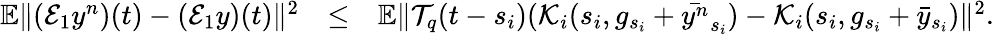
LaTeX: \begin{array}{rlr}{\mathbb{E}\| ({\cal E}_{1}y^{n})(t)-({\cal E}_{1}y)(t)\| ^{2}}&{\leq}&{\mathbb{E}\| {\cal T}_{q}(t-s_{i})({\cal K}_{i}(s_{i},g_{s_{i}}+\bar{y^{n}}_{s_{i}})-{\cal K}_{i}(s_{i},g_{s_{i}}+\bar{y}_{s_{i}})\| ^{2}.}\end{array}